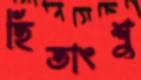
হিতাংশু